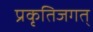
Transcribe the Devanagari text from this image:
प्रकृतिजगत्‌